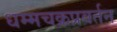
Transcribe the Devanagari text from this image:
धम्मचक्रप्रवर्तन